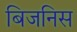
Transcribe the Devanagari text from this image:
बिजनिस